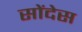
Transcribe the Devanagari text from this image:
सोंदेस